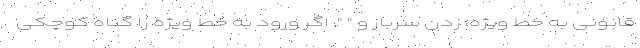
قانونی به خط ویژه، زدن سرباز و " ". اگر ورود به خط ویژه را گناه کوچکی